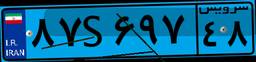
۸۷S۶۹۷۴۸